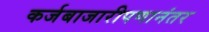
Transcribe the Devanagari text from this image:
कर्जबाजारीपणानंतर